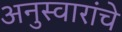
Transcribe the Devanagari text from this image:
अनुस्वारांचे